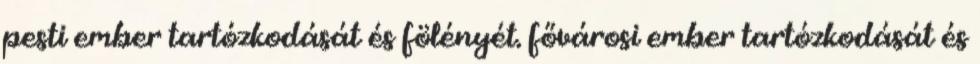
pesti ember tartózkodását és fölényét. fővárosi ember tartózkodását és